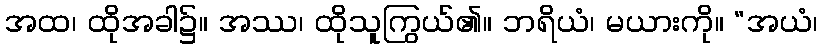
အထ၊ ထိုအခါ၌။ အဿ၊ ထိုသူကြွယ်၏။ ဘရိယံ၊ မယားကို။ “အယံ၊